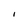
Character: I